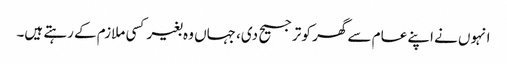
انہوں نے اپنے عام سے گھر کو ترجیح دی، جہاں وہ بغیر کسی ملازم کے رہتے ہیں۔